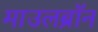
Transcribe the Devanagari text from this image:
माउलब्रॉन